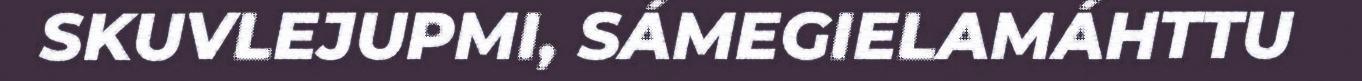
SKUVLEJUPMI, SÁMEGIELAMÁHTTU